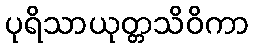
ပုရိသာယုတ္တသိဝိကာ